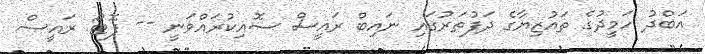
އަބްދު ހަމީދުގެ ތައުޒިޔާގެ ދަފުތަރުގައި ނައިބް ރައީސް ސޮއިކުރައްވަނީ -- ފޮޓޯ: ރައީސް